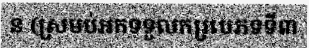
ន (ស្រមប់អកទទួលករ្របេភទទី៣